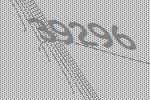
39296